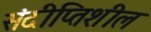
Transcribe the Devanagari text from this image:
संदीप्तिशील